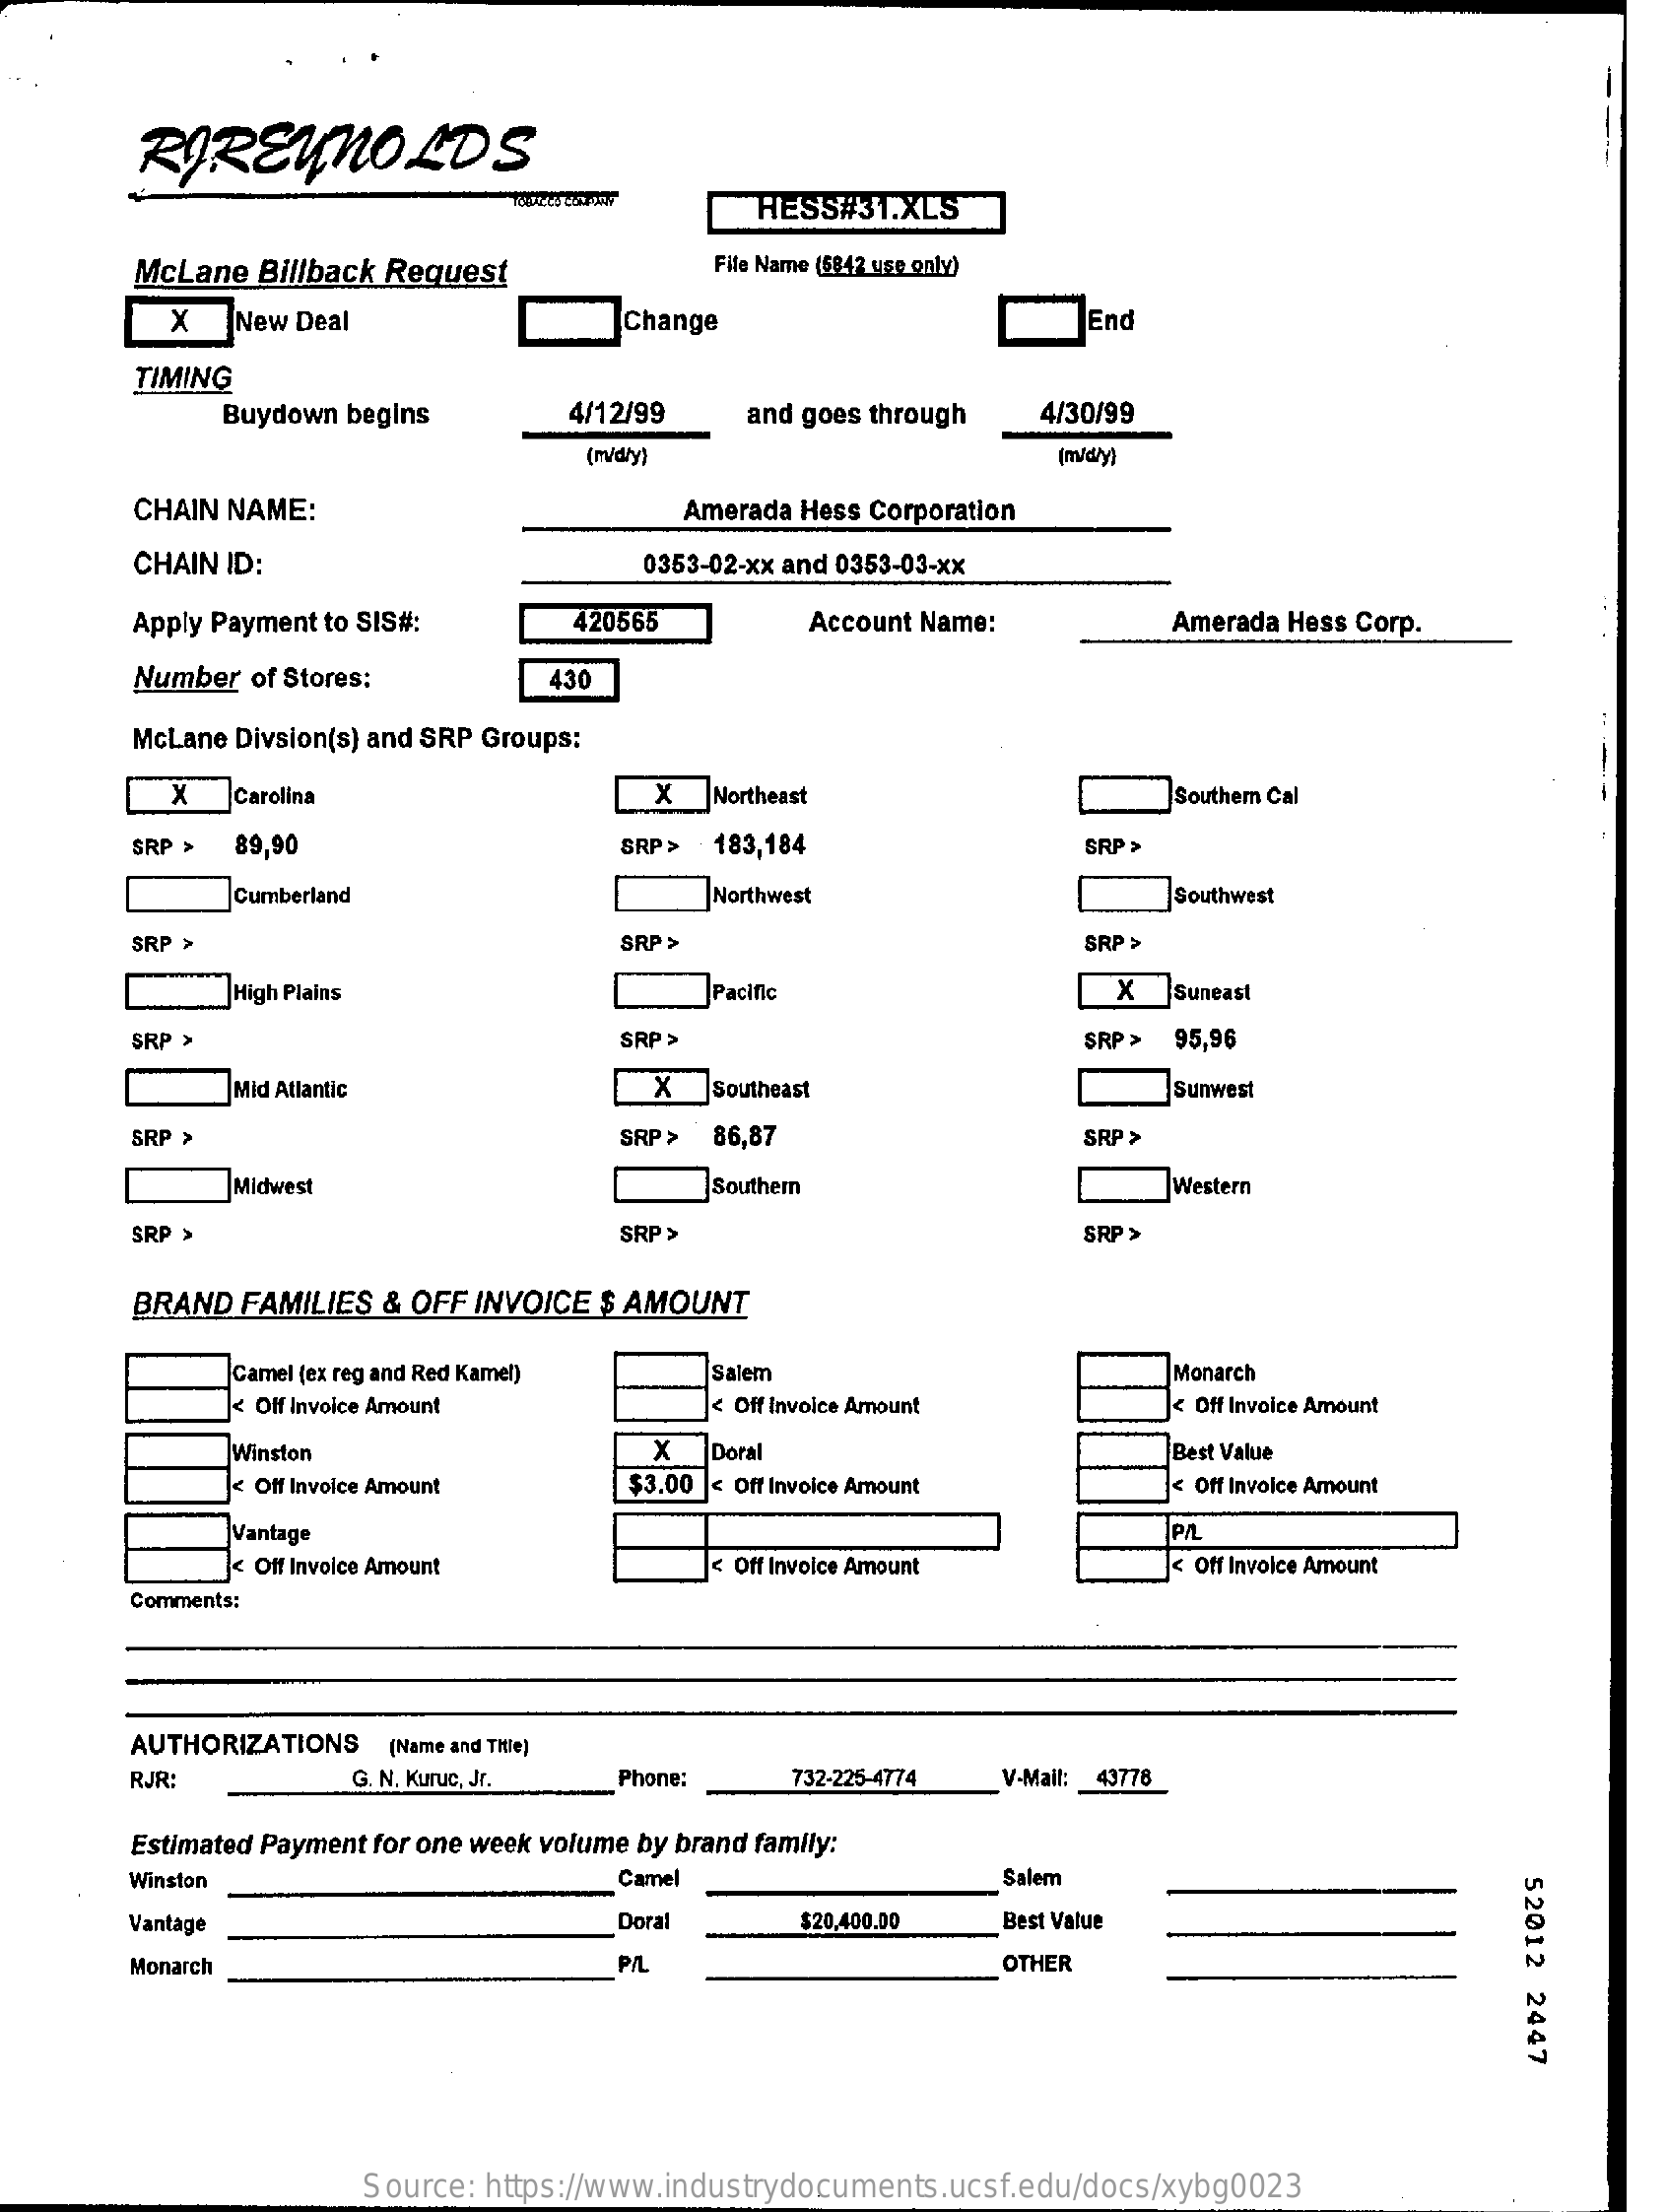
RIREYNOLDS
     HESS#31.XLS
     McLane Billback Request    File Name (6842 use only)
     X   New Deal    Change    1End
     TIMING
     Buydown begins    4/12/99    and goes through   4/30/99
     (m/dły)    (m/dry)
     CHAIN NAME:    Amerada Hess Corporation
     CHAIN ID:    0353-02-xx and 0353-03-xx
     Apply Payment to SIS#:    420565    Account Name:    Amerada Hess Corp.
     Number of Stores:    430
     McLane Divsion(s) and SRP Groups:
     X   Carolina    X_]Northeast    Southern Cal
     SRP > 89,90    SRP>  183,184    SRP >
     Cumberland    ]Northwest    Southwest
     SRP >    SRP >    SRP >
     High Plains    Pacific    X   Suneast
     SRP >    SRP >    SRP > 95,96
     Mid Atlantic    X   Southeast    Sunwest
     SRP >    SRP > 86,87    SRP >
     Midwest    Southern    Western
     SRP >    SRP >    SRP >
     BRAND FAMILIES & OFF INVOICE $ AMOUNT
     Camel (ex reg and Red Kamel)  Salem    Monarch
     < Off Invoice Amount    < Off Invoice Amount    < Off Invoice Amount
     Winston    XDoral    Best Value
     < Off Invoice Amount    $3.00 |< Off Invoice Amount    < Off Invoice Amount
     Vantage
     < Off Invoice Amount    Off Invoice Amount    < Off Invoice Amount
     Comments:
     AUTHORIZATIONS (Name and Title]
     RJR:    G. N. Kuruc, Jr. Phone:    732-225-4774 V-Mail: 43778
     Estimated Payment for one week volume by brand family:
     Winston    Camel    Salem
     52012
     2447
     Vantage    Doral    $20.400.00  Best Value
     Monarch    PIL    OTHER
     Source: https://www.industrydocuments.ucsf.edu/docs/xybg0023